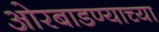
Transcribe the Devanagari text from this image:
ओरबाडण्याच्या